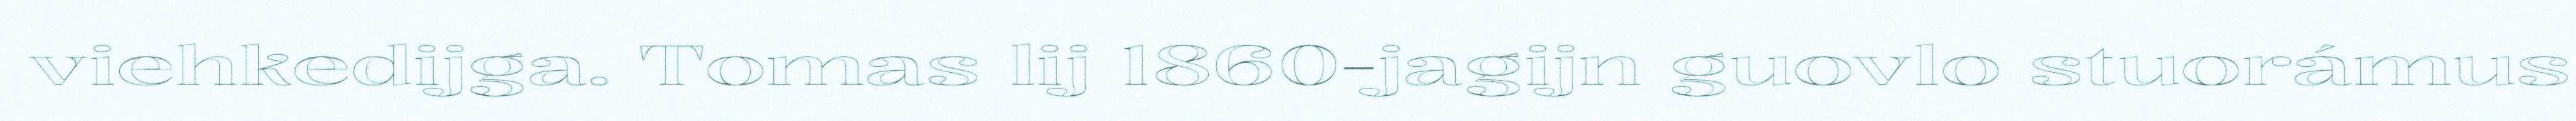
viehkedijga. Tomas lij 1860-jagijn guovlo stuorámus